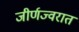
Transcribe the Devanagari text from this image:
जीर्णज्वरात